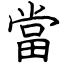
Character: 當